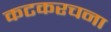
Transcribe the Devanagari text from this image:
कटकरचना